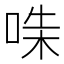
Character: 𠵟